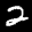
Label: 2